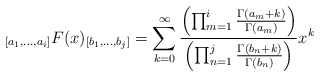
\begin{align*}_{[a_1,\ldots,a_i]}F(x)_{[b_1,\ldots,b_j]}= \sum_{k=0}^{\infty} \frac{\left ( \prod_{m=1}^i \frac{\Gamma(a_m+k)}{\Gamma(a_m)} \right )}{\left ( \prod_{n=1}^j \frac{\Gamma(b_n +k)}{\Gamma(b_n)} \right )} x^k\end{align*}